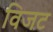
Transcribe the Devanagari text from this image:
विजट